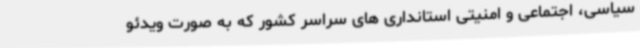
سیاسی، اجتماعی و امنیتی استانداری های سراسر کشور که به صورت ویدئو